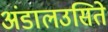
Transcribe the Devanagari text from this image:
अंडालउसिते